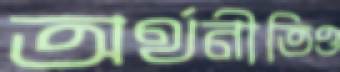
অর্থনীতিও